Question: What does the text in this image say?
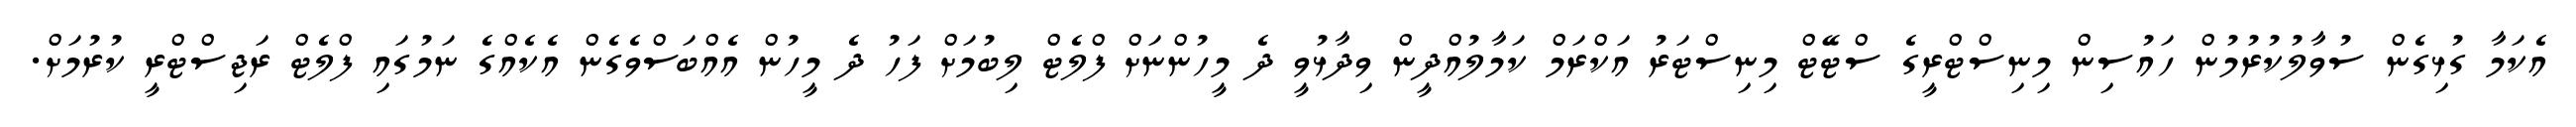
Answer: އެކަމާ ގުޅިގެން ސުވާލުކުރުމުން ހައުސިން މިނިސްޓްރީގެ ސްޓޭޓް މިނިސްޓަރު އަކްރަމް ކަމާލުއްދީން ވިދާޅުވީ ދެ މީހުންނަށް ފްލެޓް ލިބުމަށް ފަހު ދެ މީހުން އެއްބަސްވެގެން އެކެއްގެ ނަމުގައި ފްލެޓް ރަޖިސްޓްރީ ކުރުމަށް.